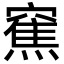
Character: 䆶